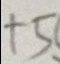
+ 5